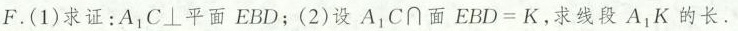
F. (1) 求证：A_{1}C⊥平面EBD；(2) 设A_{1}C∩面$$E B D = K$$，求线段A_{1}K的长。